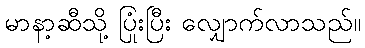
မာနာ့ဆီသို့ ပြုံးပြီး လျှောက်လာသည်။